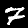
Label: 7